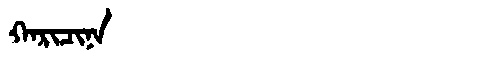
Manchu: ᡴᠠᡵᡳᠴᡳᠨᠠ
Romanization: KARICINA